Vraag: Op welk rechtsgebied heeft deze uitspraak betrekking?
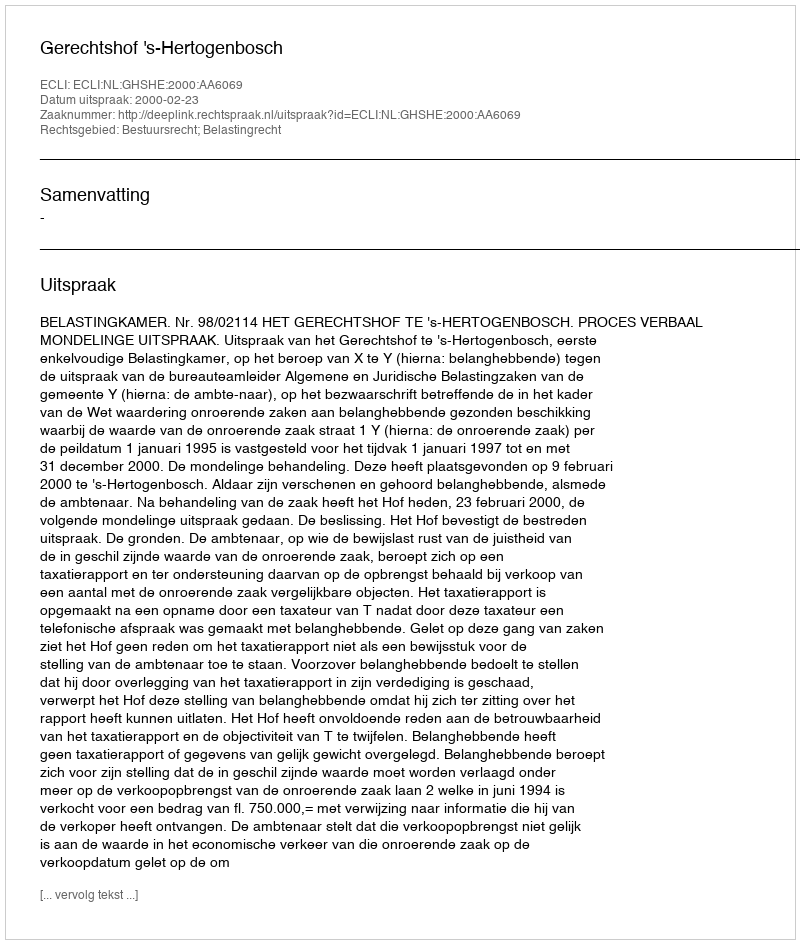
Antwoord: Bestuursrecht; Belastingrecht